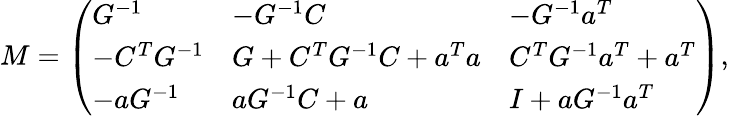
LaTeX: M=\left(\begin{array}{lll}{{G^{-1}}}&{{-G^{-1}C}}&{{-G^{-1}a^{T}}}\\ {{-C^{T}G^{-1}}}&{{G+C^{T}G^{-1}C+a^{T}a}}&{{C^{T}G^{-1}a^{T}+a^{T}}}\\ {{-aG^{-1}}}&{{aG^{-1}C+a}}&{{I+aG^{-1}a^{T}}}\end{array}\right),